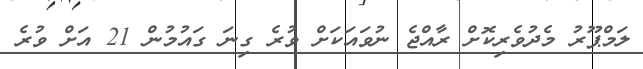
ލަމްޕޫރު މެދުވެރިކޮށް ރާއްޖެ ނުވައަކަށް ވުރެ ގިނަ ގައުމުން 21 އަށް ވުރެ